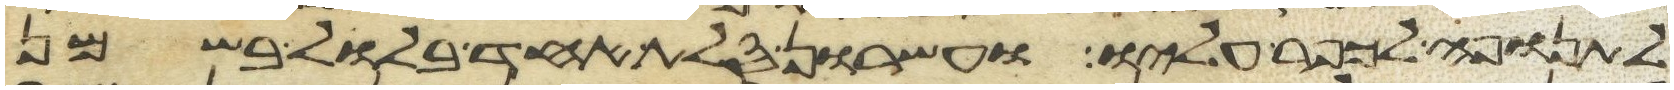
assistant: לתנופה לכפר עליו ועשרון סלת אחד בלול בשמן